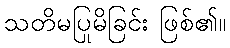
သတိမပြုမိခြင်း ဖြစ်၏။